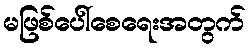
မဖြစ်ပေါ်စေရေးအတွက်